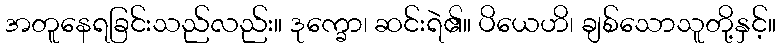
အတူနေရခြင်းသည်လည်း။ ဒုက္ခော၊ ဆင်းရဲ၏။ ပိယေဟိ၊ ချစ်သောသူတို့နှင့်။